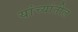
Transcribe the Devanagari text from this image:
यांच्यांतील